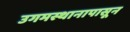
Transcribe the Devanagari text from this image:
उगमस्थानापासून